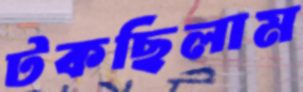
টকছিলাম